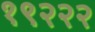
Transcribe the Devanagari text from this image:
१९२२२